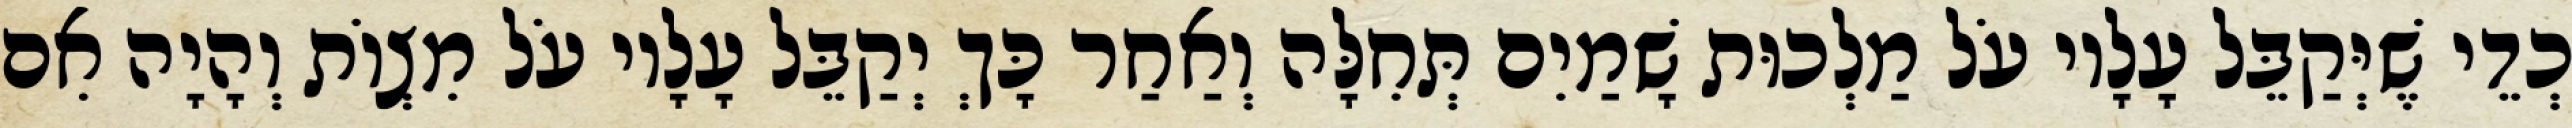
כְדֵי שֶׁיְּקַבֵּל עָלָיו עֹל מַלְכוּת שָׁמַיִם תְּחִלָּה וְאַחַר כָּךְ יְקַבֵּל עָלָיו עֹל מִצְוֹת וְהָיָה אִם